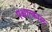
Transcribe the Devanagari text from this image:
पश्चात्काल